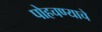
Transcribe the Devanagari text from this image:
पोहचण्याचे